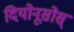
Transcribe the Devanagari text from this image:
दियोनूसोस्